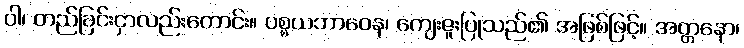
ဝါ၊ တည်ခြင်းငှာလည်းကောင်း။ ပစ္စယဘာဝေန၊ ကျေးဇူးပြုသည်၏ အဖြစ်ဖြင့်။ အတ္တနော၊